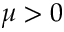
\mu > 0